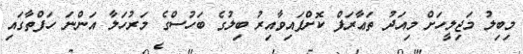
މިބިލު މަޖިލީހަށް މިއަދު ތަޢާރަފް ކޮށްފައިވާއިރު ބިލުގެ ބަހުސްގެ މަރުހަލާ އަންނަ ހަފްތާގައި